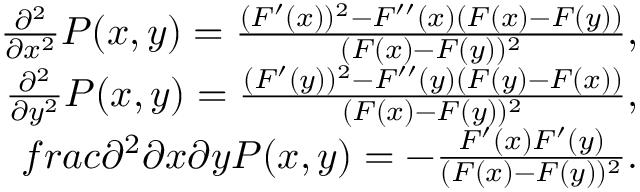
\begin{array} { r } { \frac { \partial ^ { 2 } } { \partial x ^ { 2 } } P ( x , y ) = \frac { ( F ^ { \prime } ( x ) ) ^ { 2 } - F ^ { \prime \prime } ( x ) ( F ( x ) - F ( y ) ) } { ( F ( x ) - F ( y ) ) ^ { 2 } } , } \\ { \frac { \partial ^ { 2 } } { \partial y ^ { 2 } } P ( x , y ) = \frac { ( F ^ { \prime } ( y ) ) ^ { 2 } - F ^ { \prime \prime } ( y ) ( F ( y ) - F ( x ) ) } { ( F ( x ) - F ( y ) ) ^ { 2 } } , } \\ { f r a c { \partial ^ { 2 } } { \partial x \partial y } P ( x , y ) = - \frac { F ^ { \prime } ( x ) F ^ { \prime } ( y ) } { ( F ( x ) - F ( y ) ) ^ { 2 } } . } \end{array}